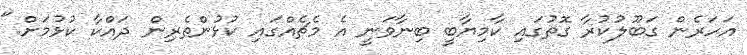
އަހަރެން ގަބޫލުކުރާ ގޮތުގައި ކާމިޔާބީ ބިނާވަނީ އެ މެޗެއްގައި ކުޅުންތެރިން ދައްކާ ކުޅުމަށް."